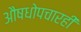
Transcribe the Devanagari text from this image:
औषधोपचारही